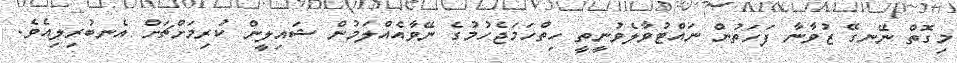
މިގޮތް ނޭނގޭ ޒުވާނާ ފަހަތުން ނައްޓުވާލެވުނީތީ ހިތްހަމަޖެހުމުގެ ނޭވާއެއްލަމުން ޝައިލީން ކުރިމަށްޗަށް އެނބުރިލިއެވެ.